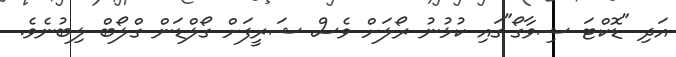
އަދި "ޑޮކްޓަ ޝިވާގޯ"ގައި ކުޅުނު ރޯލަށް ވެސް ޝަރީފަށް ގޯލްޑަން ގްލޯބް ލިބުނެވެ.